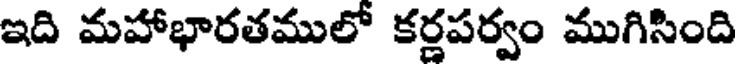
ఇది మహాభారతములో కర్ణపర్వం ముగిసింది